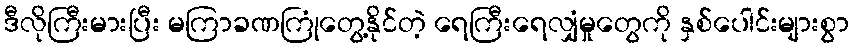
ဒီလိုကြီးမားပြီး မကြာခဏကြုံတွေ့နိုင်တဲ့ ရေကြီးရေလျှံမှုတွေကို နှစ်ပေါင်းများစွာ